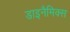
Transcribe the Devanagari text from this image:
डाइनैमिक्स